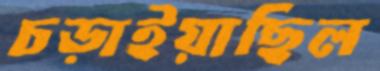
চড়াইয়াছিল